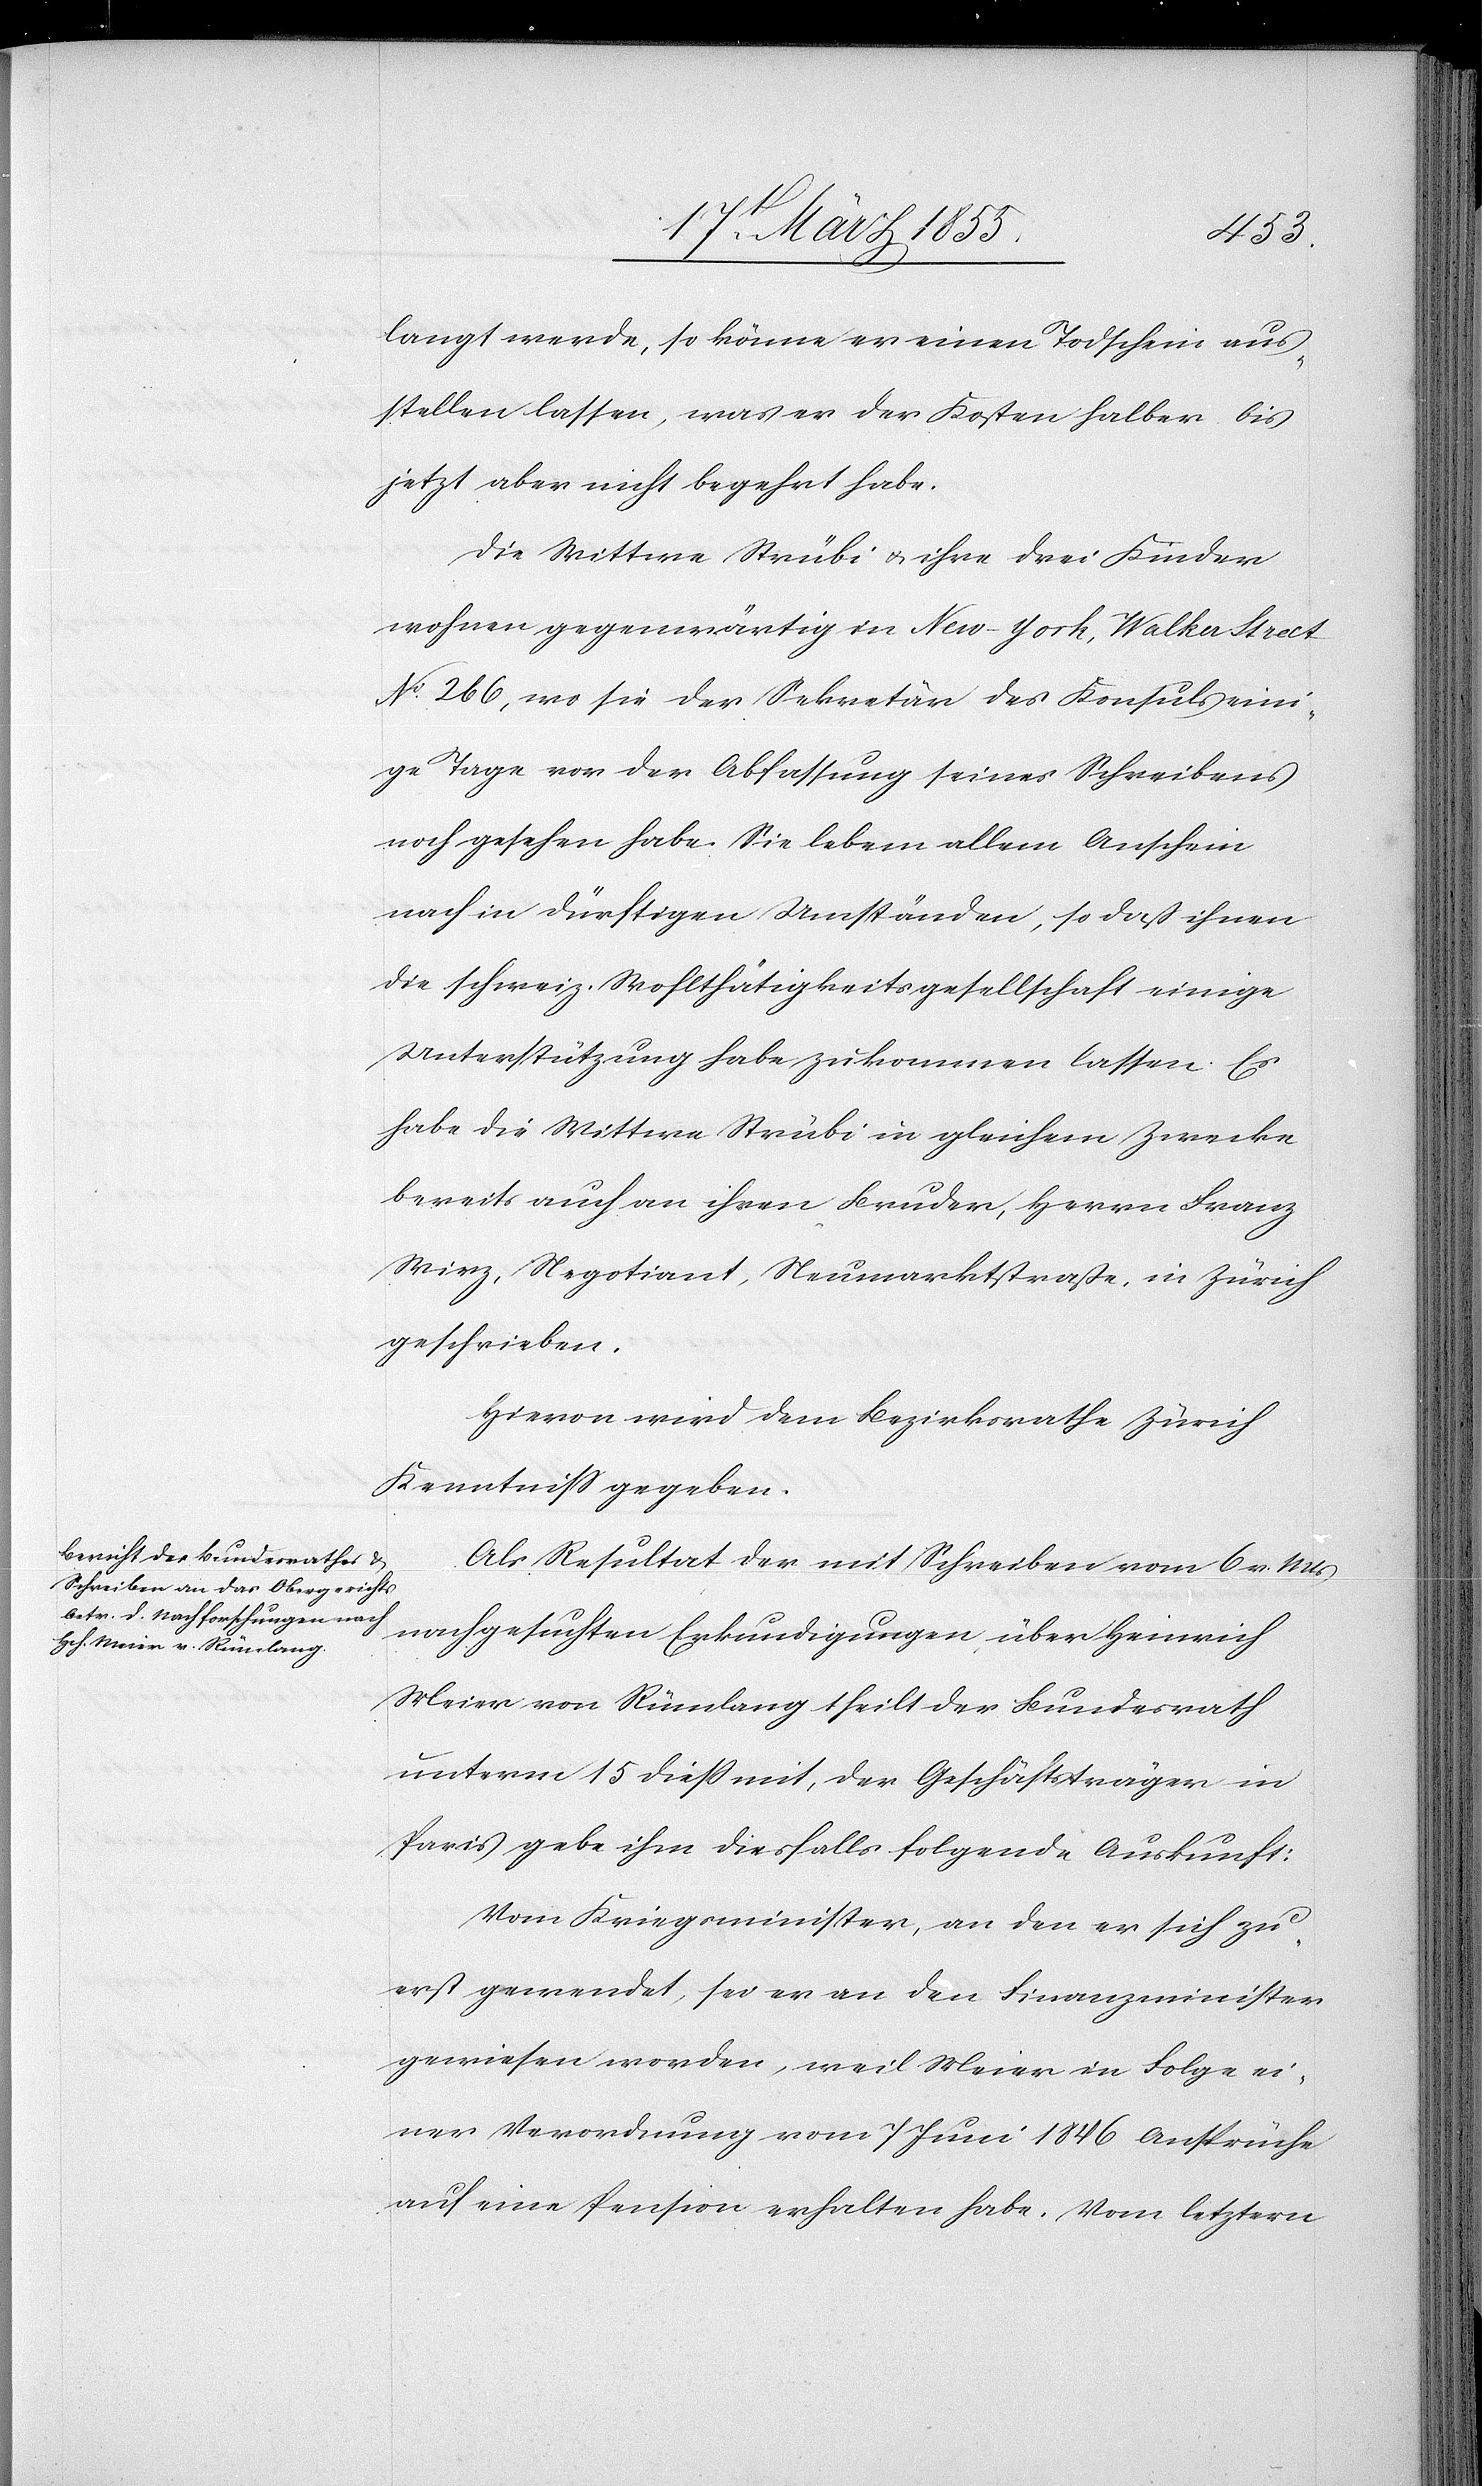
19t. März 1855.]
langt werde, so könne er einen Todschein aus¬
stellen lassen, was er der Kosten halber bis
jetzt aber nicht begehrt habe.
Die Wittwe Strübi & ihre drei Kinder
wohnen gegenwärtig in New-York, Walker Street
No. 266, wo sie der Sekretär des Konsuls eini¬
ge Tage vor der Abfassung seines Schreibens
noch gesehen habe. Sie lebem [sic!] allem Anschein
nach in dürftigen Umständen, so daß ihnen
die schweiz. Wohlthätigkeitsgesellschaft einige
Unterstützung habe zukommen lassen. Es
habe die Wittwe Strübi in gleichem Zwecke
bereits auch an ihren Bruder, Herrn Franz
Wirz, Negotiant, Neumarktstraße, in Zürich
geschrieben.
Hievon wird dem Bezirksrathe Zürich
Kenntniss gegeben.
Als Resultat der mit Schreiben vom 6 v. Mts
nachgesuchten Erkundigungen, über Heinrich
Meier von Rümlang theilt der Bundesrath
unterm 15 diess mit, der Geschäftsträger in
Paris gebe ihm diesfalls folgende Auskunft:
Vom Kriegsminister, an den er sich zu¬
erst gewendet, sei er an den Finanzminister
gewiesen worden, weil Meier in Folge ei¬
ner Verordnung vom 7 Juni 1846 Ansprüche
auf eine Pension erhalten habe. Vom letztern